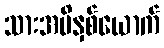
သားအမိနှစ်ယောက်